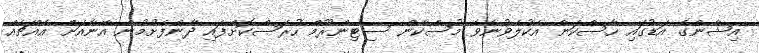
އިޝާންގެ އަޑުގައި ހާސްކަން އެކުލެވުނެވެ މުސްކާން ސިޓިންރޫމް ހުރަސްކޮށްފައި ދާންފެށުމުން އޭނާއަށް އެއްޗެއް